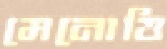
মেনোত্তি